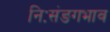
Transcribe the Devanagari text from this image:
निःसंङगभाव